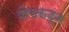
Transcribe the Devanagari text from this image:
शेफकडून